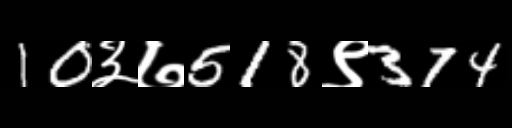
Text: 10३७518९374